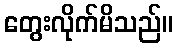
တွေးလိုက်မိသည်။